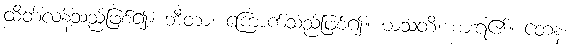
ထိတ်လန့်သည်ဖြစ်၍။ ဘီတာ၊ ကြောက်သည်ဖြစ်၍။ ဃသတိ၊ စားရ၏။ တေန၊